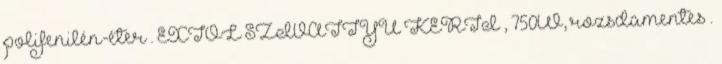
polifenilén-éter . EXTOL SZIVATTYÚ KERTI , 750W, rozsdamentes .